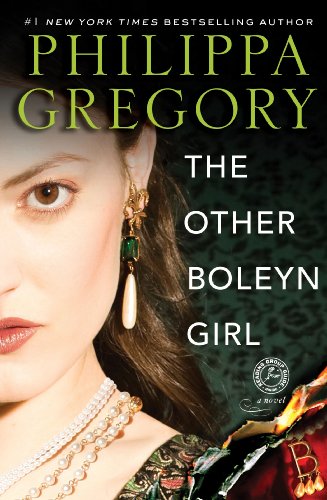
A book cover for The Other Boleyn Girl; Philippa Gregory; Romance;